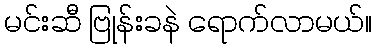
မင်းဆီ ဗြုန်းခနဲ ရောက်လာမယ်။